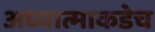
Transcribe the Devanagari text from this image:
अध्यात्माकडेच